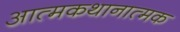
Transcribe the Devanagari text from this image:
आत्मकथानात्मक